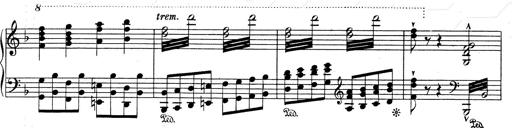
Title: Weinen, Klagen, Sorgen, Zagen
Composer: Franz Liszt